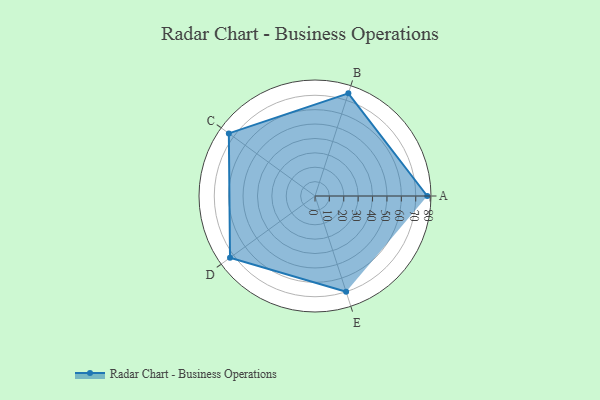
{"axis": {"x": "Skill", "y": "Score"}, "legend": ["Profile"], "data": [{"x": "A", "y": 78.0, "type": "Profile"}, {"x": "B", "y": 75.0, "type": "Profile"}, {"x": "C", "y": 74.0, "type": "Profile"}, {"x": "D", "y": 73.0, "type": "Profile"}, {"x": "E", "y": 70.0, "type": "Profile"}]}